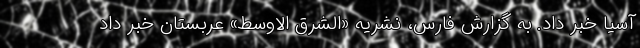
آسیا خبر داد. به گزارش فارس، نشریه «الشرق الاوسط» عربستان خبر داد